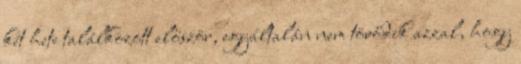
két hete találkozott először, egyáltalán nem törődik azzal, hogy